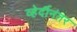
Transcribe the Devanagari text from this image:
व्हेर्दीनंतर